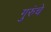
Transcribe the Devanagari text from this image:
गुरुंचे